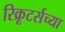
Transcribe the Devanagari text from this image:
रिक्रूटर्सच्या